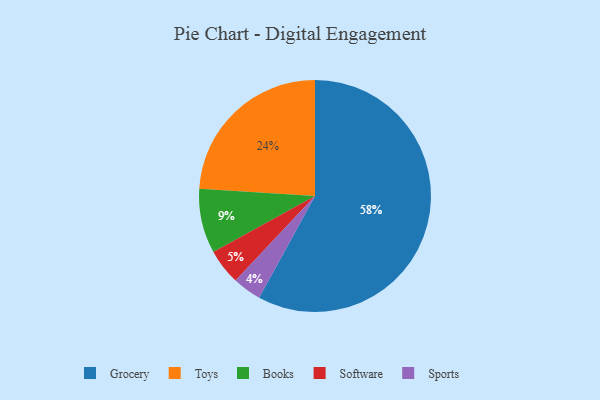
{"axis": {"x": "Category", "y": "Percentage"}, "legend": ["Books", "Grocery", "Software", "Sports", "Toys"], "data": [{"x": "Books", "y": 9, "type": "Books"}, {"x": "Toys", "y": 24, "type": "Toys"}, {"x": "Software", "y": 5, "type": "Software"}, {"x": "Sports", "y": 4, "type": "Sports"}, {"x": "Grocery", "y": 58, "type": "Grocery"}]}